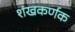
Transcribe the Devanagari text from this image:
शंखकर्णक